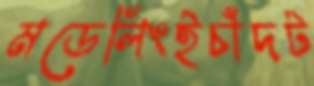
মডেলিংইচাঁদট